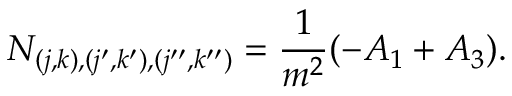
N _ { ( j , k ) , ( j ^ { \prime } , k ^ { \prime } ) , ( j ^ { \prime \prime } , k ^ { \prime \prime } ) } = \frac { 1 } { m ^ { 2 } } ( - A _ { 1 } + A _ { 3 } ) .